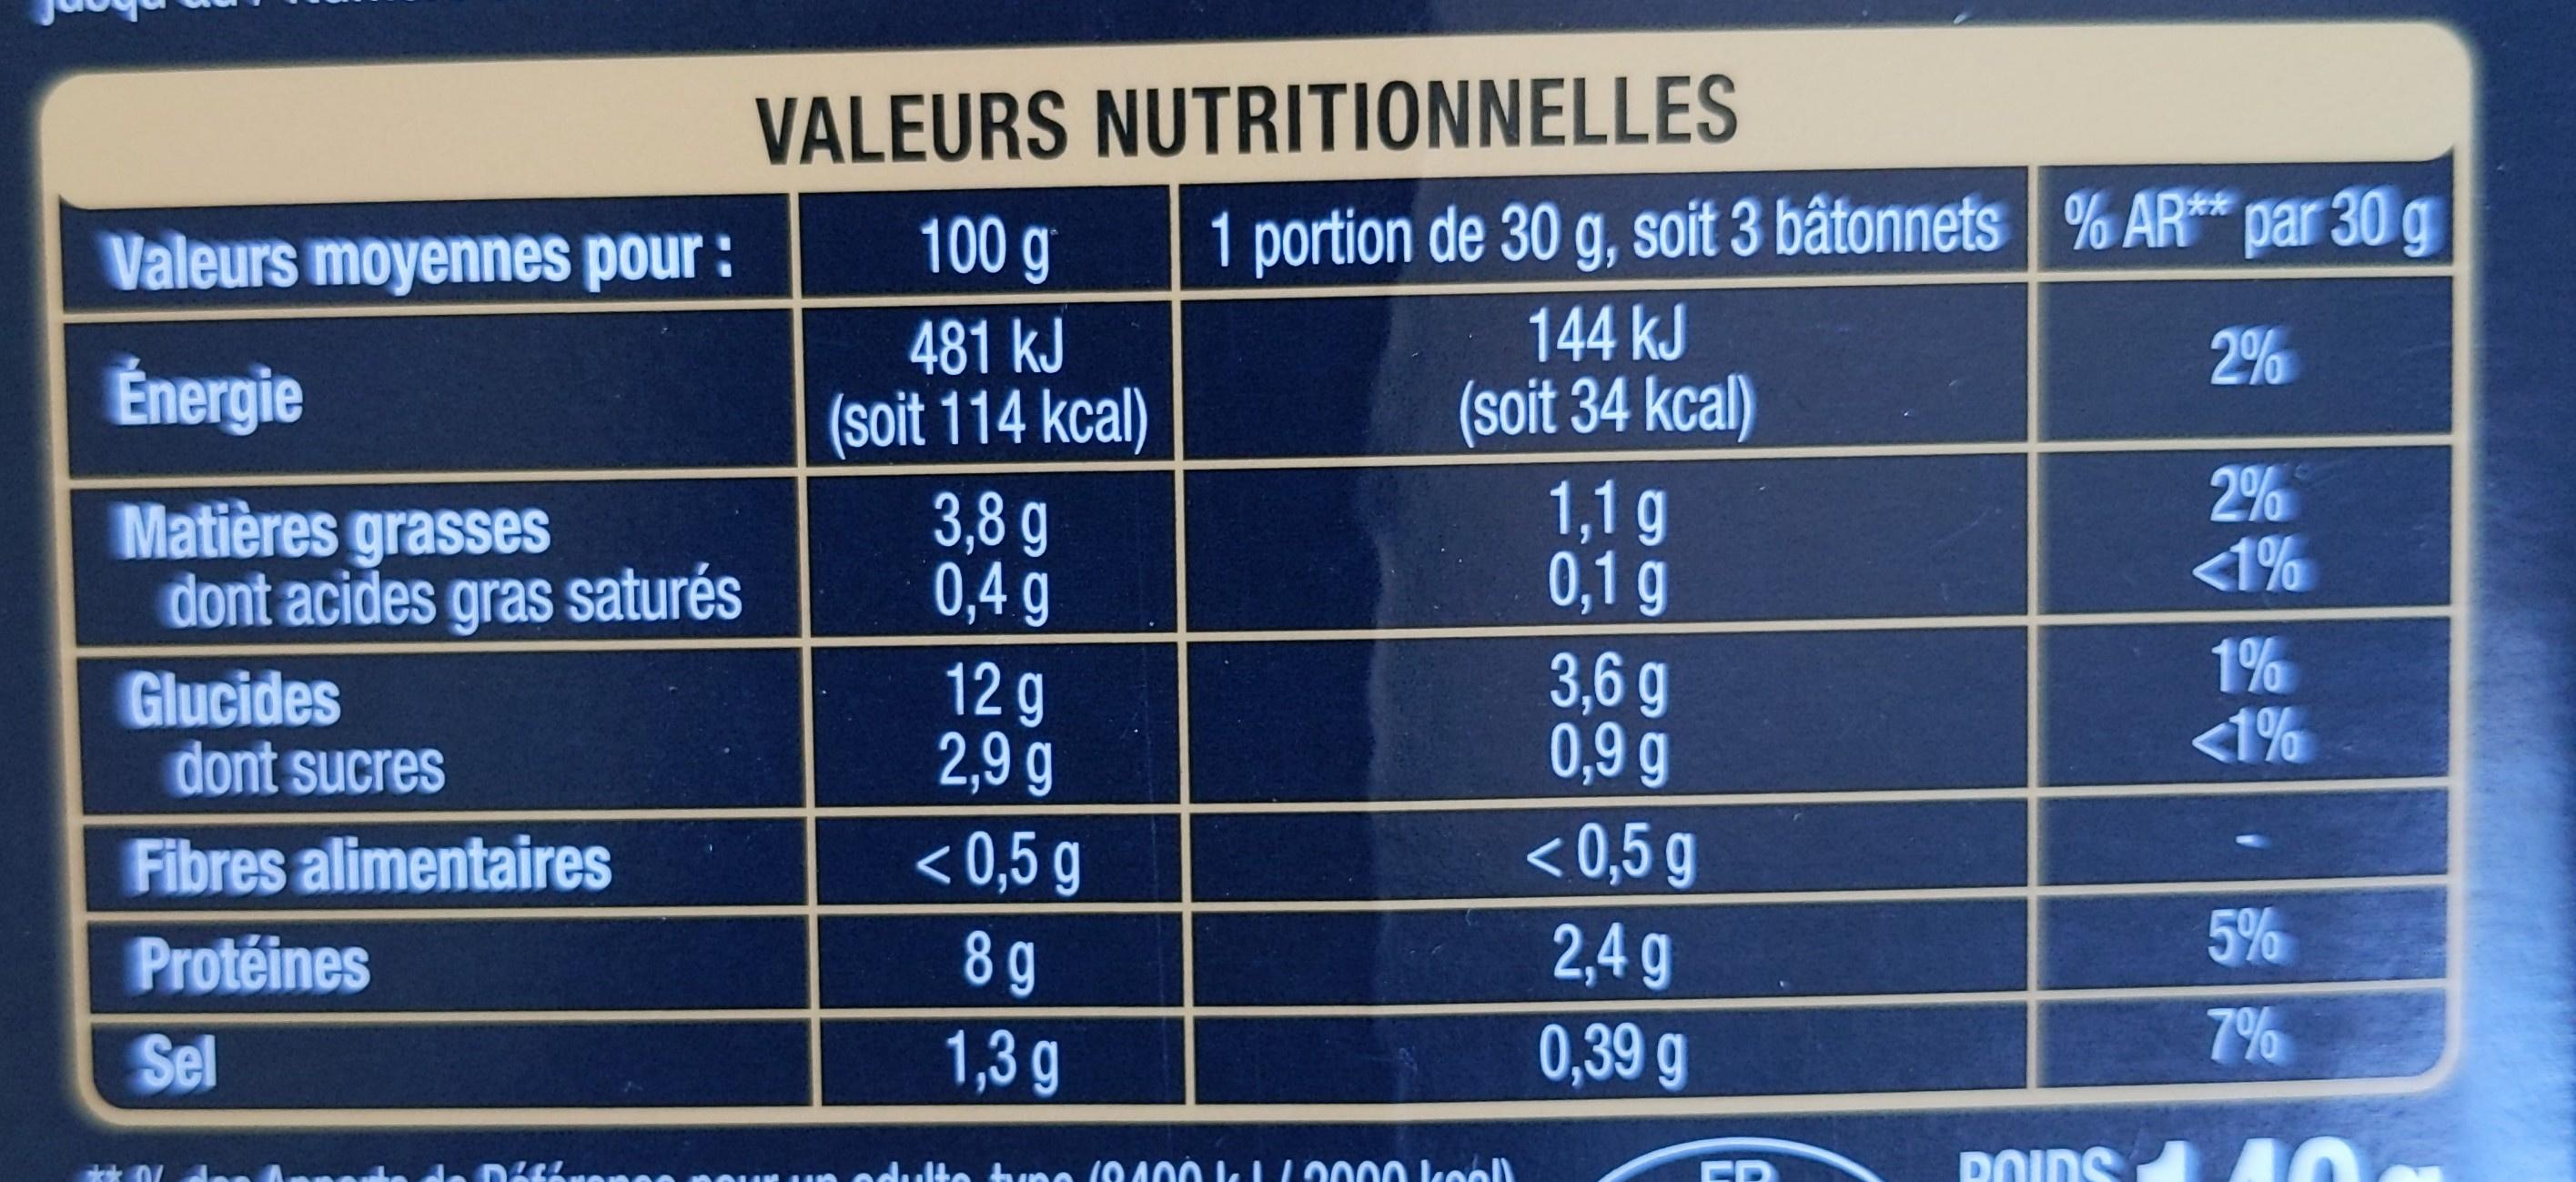
VALEURS NUTRITIONNELLES
Valeurs moyennes pour:
100 g
1 portion de 30 g, soit 3 bâtonnets % AR** par 30 g
481 kJ (soit 114 kcal)
144 kJ (soit 34 kcal)
2%
Énergie
Matières grasses dont acides gras saturés
3,8 g 0,4 g
1,1g 0,1 g
2% <1%
1% <1%
Glucides dont sucres
12g 2,9 g < 0,5 g
3,6g 0,9 g < 0,5 g
Fibres alimentaires
5%
2,4 g 0,39 g
Protéines
8 g
Sel
1,3g
7%
un oduIte tune (0400 k I/0000 keell
POIDS